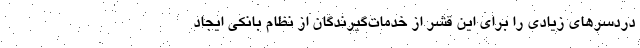
دردسرهای زیادی را برای این قشر از خدمات‌گیرندگان از نظام بانکی ایجاد